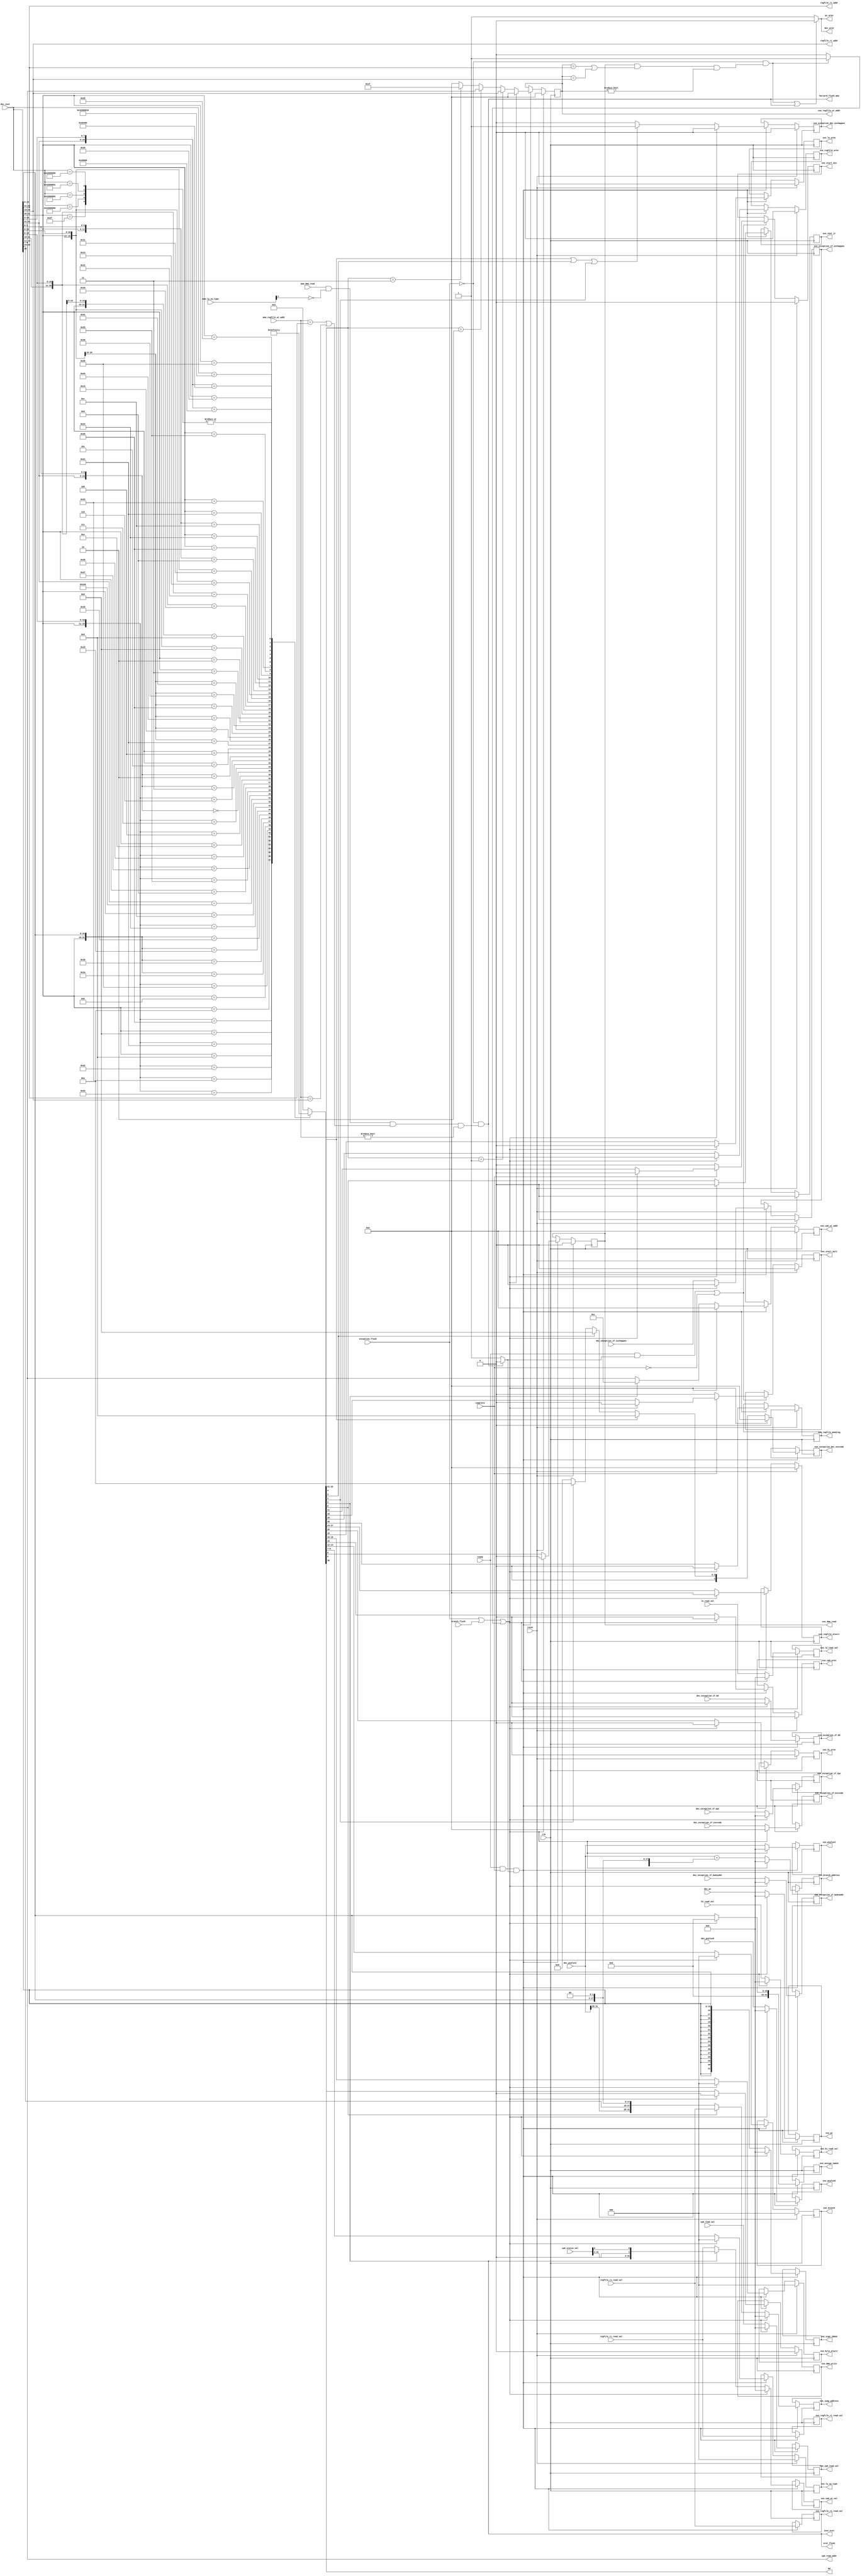
module dec_stage (
    input wire              clk,
    input wire              reset,
    input wire [31:0]       dec_inst,
    input wire [31:0]       dec_pcplus4,
    input wire [31:0]       dec_pcplus8,
    input wire [31:0]       dec_pc,
    input wire              dec_exception_if_exchappen,
    input wire [31:0]       dec_exception_if_epc,
    input wire              dec_exception_if_bd,
    input wire [31:0]       dec_exception_if_badvaddr,
    input wire [4:0]        dec_exception_if_exccode,
    input wire              ready,
    input wire              complete,
    input wire              exception_flush,
    input wire              branch_flush,
    input wire [31:0]       regfile_rs_read_val,
    input wire [31:0]       regfile_rt_read_val,
    input wire [31:0]       hi_read_val,
    input wire [31:0]       lo_read_val,
    input wire [31:0]       cp0_read_val,
    input wire [31:0]       cp0_status_val,
    input wire              mem_dmm_read,
    input wire [4:0]        mem_regfile_wt_addr,
	input wire [2:0]		mem_lw_sw_type,

    output wire             eret_flush,
    output wire             bd,
    output wire             pc_wren,
    output wire             dec_wren,
    output wire             harzard_flush_mem,
    output wire             inst_eret,
    output wire [4:0]       regfile_rs_addr,
    output wire [4:0]       regfile_rt_addr,
    output wire [4:0]       cp0_read_addr,
    output reg [31:0]       exe_pcplus4,
    output reg [31:0]       exe_pcplus8,
    output reg [31:0]       exe_pc,
    output reg              exe_regfile_wren,
    output reg [4:0]        exe_regfile_wt_addr,
    output reg              exe_regfile_mem2reg,
    output reg [31:0]       exe_regfile_rs_read_val,
    output reg [31:0]       exe_regfile_rt_read_val,
    output reg [4:0]        exe_regfile_aluctr,
    output reg              exe_hi_wren,
    output reg [31:0]       exe_hi_read_val,
    output reg              exe_lo_wren,
    output reg [31:0]       exe_lo_read_val,
    output reg [2:0]        exe_hilo_aluctr,
    output reg              exe_cp0_wren,
    output reg [4:0]        exe_cp0_wt_addr,
    output reg [31:0]       exe_cp0_wt_val,
    output reg [31:0]       exe_cp0_read_val,
    output reg [31:0]       exe_sign_imm32,
    output reg [31:0]       exe_unsign_imm32,
    output reg [2:0]        exe_branch,
    output reg              exe_inst_jr,
    output reg [31:0]       exe_branch_address,
    output reg [31:0]       exe_jump_address,
    output reg              exe_start_div,
    output reg              exe_start_mult,
    output reg [2:0]        exe_lw_sw_type,
    output reg              exe_dmm_read,
    output reg              exe_dmm_write,
    output reg              exe_exception_if_exchappen,
    output reg [31:0]       exe_exception_if_epc,
    output reg              exe_exception_if_bd,
    output reg [31:0]       exe_exception_if_badvaddr,
    output reg [4:0]        exe_exception_if_exccode,
    output reg              exe_exception_dec_exchappen,
    output reg [4:0]        exe_exception_dec_exccode
);
    // decoder
    wire                        start_div_tmp;
    wire                        start_mult_tmp;
    wire [4:0]                   regfile_rd_addr;   
    wire                         harzard_flush;
    wire                         regfile_wren;
    wire [4:0]                   regfile_wt_addr;
    wire                         regfile_mem2reg;
    wire [4:0]                   regfile_aluctr;
    wire [1:0]                   regfile_wt_addr_sel;
    wire                         hi_wren;
    wire                         lo_wren;    
    wire [2:0]                   hilo_aluctr;
    wire                         cp0_wren;
    wire [4:0]                   cp0_wt_addr;
    wire [31:0]                  cp0_wt_val;
    wire [31:0]                  unsign_imm32;
    wire                         start_div;
    wire                         start_mult;
    wire [2:0]                   lw_sw_type;
    wire                         dmm_read;
    wire                         dmm_write;
    wire                         inst_break;
    wire                         inst_syscall;
    wire                         inst_reserved;
    wire                         inst_jr;
    wire                         exception_dec_exchappen;
    wire [4:0]                   exception_dec_exccode;
    reg [30:0]                   control_code;
    wire                         flush;
    wire[31:0]                   jump_address;
    wire[31:0]                   branch_address;
    wire [31:0]                  sign_imm32;
    wire [25:0]                  imm26;
    wire [2:0]                   branch;
    assign flush = exception_flush || branch_flush || harzard_flush;

    assign regfile_rs_addr = dec_inst[25:21];
    assign regfile_rt_addr = dec_inst[20:16];
    assign regfile_rd_addr = dec_inst[15:11];
    assign imm26 = dec_inst[25:0];
    assign regfile_wt_addr = regfile_wt_addr_sel == 2'd1 ? regfile_rt_addr :
                              (regfile_wt_addr_sel == 2'd2 ? regfile_rd_addr : (regfile_wt_addr_sel == 2'd3 ? 5'd31 : 0));
    assign cp0_read_addr = regfile_rd_addr;
    assign cp0_wt_addr = inst_eret ? 5'd12 : regfile_rd_addr; //eret or mtc0
    assign cp0_wt_val = inst_eret ? {cp0_status_val[31:2], 1'b0, cp0_status_val[0]} : regfile_rt_read_val;
    assign sign_imm32 = {{16{dec_inst[15]}}, dec_inst[15:0]};
    assign unsign_imm32 = {16'b0, dec_inst[15:0]};
    assign eret_flush = inst_eret;
    assign {bd, regfile_wren, regfile_mem2reg, regfile_aluctr, regfile_wt_addr_sel, hi_wren, lo_wren, hilo_aluctr, cp0_wren, 
      branch, start_div,start_mult, lw_sw_type, dmm_read, dmm_write, inst_break, inst_syscall, inst_eret, inst_reserved, inst_jr} = control_code;
    assign branch_address = dec_pcplus4 + {sign_imm32[29:0] ,2'b0};
    assign jump_address = inst_jr? regfile_rs_read_val: ({dec_pcplus4[31:28], imm26, 2'b00});

    always @(*)
    casex (dec_inst) 
    32'b000000xxxxxxxxxxxxxxx00000100000: //add  
        control_code = 31'b0100000110000000000000000000000;
    32'b001000xxxxxxxxxxxxxxxxxxxxxxxxxx: //addi
        control_code = 31'b0100001001000000000000000000000;
    32'b000000xxxxxxxxxxxxxxx00000100001: //addu
        control_code = 31'b0100001110000000000000000000000;
    32'b001001xxxxxxxxxxxxxxxxxxxxxxxxxx: //addiu
        control_code = 31'b0100010001000000000000000000000;
    32'b000000xxxxxxxxxxxxxxx00000100010: //sub
        control_code = 31'b0100010110000000000000000000000;
    32'b000000xxxxxxxxxxxxxxx00000100011: //subu
        control_code = 31'b0100011010000000000000000000000;
    32'b000000xxxxxxxxxxxxxxx00000101010: //slt
        control_code = 31'b0100011110000000000000000000000;
    32'b001010xxxxxxxxxxxxxxxxxxxxxxxxxx: //slti
        control_code = 31'b0100100001000000000000000000000;
    32'b000000xxxxxxxxxxxxxxx00000101011: //sltu
        control_code = 31'b0100100110000000000000000000000;
    32'b001011xxxxxxxxxxxxxxxxxxxxxxxxxx: //sltiu
        control_code = 31'b0100101001000000000000000000000;
    32'b000000xxxxxxxxxx0000000000011010: //div
        control_code = 31'b0000000000110010000100000000000;
    32'b000000xxxxxxxxxx0000000000011011: //divu
        control_code = 31'b0000000000110100000100000000000;
    32'b000000xxxxxxxxxx0000000000011000: //mult
        control_code = 31'b0000000000110110000010000000000;
    32'b000000xxxxxxxxxx0000000000011001: //multu
        control_code = 31'b0000000000111000000010000000000;
    32'b000000xxxxxxxxxxxxxxx00000100100: //and
        control_code = 31'b0100101110000000000000000000000;
    32'b001100xxxxxxxxxxxxxxxxxxxxxxxxxx: //andi
        control_code = 31'b0100110001000000000000000000000;
    32'b00111100000xxxxxxxxxxxxxxxxxxxxx: //lui
        control_code = 31'b0100110101000000000000000000000;
    32'b000000xxxxxxxxxxxxxxx00000100111: //nor
        control_code = 31'b0100111010000000000000000000000;
    32'b000000xxxxxxxxxxxxxxx00000100101: //or
        control_code = 31'b0100111110000000000000000000000;
    32'b001101xxxxxxxxxxxxxxxxxxxxxxxxxx: //ori
        control_code = 31'b0101000001000000000000000000000;
    32'b000000xxxxxxxxxxxxxxx00000100110: //xor
        control_code = 31'b0101000110000000000000000000000;
    32'b001110xxxxxxxxxxxxxxxxxxxxxxxxxx: //xori
        control_code = 31'b0101001001000000000000000000000;
    32'b000000xxxxxxxxxxxxxxx00000000100: //sllv
        control_code = 31'b0101010010000000000000000000000;
    32'b00000000000xxxxxxxxxxxxxxx000000: //sll
        control_code = 31'b0101001110000000000000000000000;
    32'b000000xxxxxxxxxxxxxxx00000000111: //srav
        control_code = 31'b0101011010000000000000000000000;
    32'b00000000000xxxxxxxxxxxxxxx000011: //sra
        control_code = 31'b0101010110000000000000000000000;
    32'b000000xxxxxxxxxxxxxxx00000000110: //srlv
        control_code = 31'b0101100010000000000000000000000;
    32'b00000000000xxxxxxxxxxxxxxx000010: //srl
        control_code = 31'b0101011110000000000000000000000;
    32'b000100xxxxxxxxxxxxxxxxxxxxxxxxxx: //beq
        control_code = 31'b1000000000000000001000000000000;
    32'b000101xxxxxxxxxxxxxxxxxxxxxxxxxx: //bne
        control_code = 31'b1000000000000000010000000000000;
    32'b000001xxxxx00001xxxxxxxxxxxxxxxx: //bgez
        control_code = 31'b1000000000000000011000000000000;
    32'b000111xxxxx00000xxxxxxxxxxxxxxxx: //bgtz
        control_code = 31'b1000000000000000100000000000000;
    32'b000110xxxxx00000xxxxxxxxxxxxxxxx: //blez
        control_code = 31'b1000000000000000101000000000000;
    32'b000001xxxxx00000xxxxxxxxxxxxxxxx: //bltz
        control_code = 31'b1000000000000000110000000000000;
    32'b000001xxxxx10001xxxxxxxxxxxxxxxx: //bgezal
        control_code = 31'b1101100111000000011000000000000;
    32'b000001xxxxx10000xxxxxxxxxxxxxxxx: //bltzal
        control_code = 31'b1101100111000000110000000000000;
    32'b000010xxxxxxxxxxxxxxxxxxxxxxxxxx: //j
        control_code = 31'b1000000000000000111000000000000;
    32'b000011xxxxxxxxxxxxxxxxxxxxxxxxxx: //jal
        control_code = 31'b1101100111000000111000000000000;
    32'b000000xxxxx000000000000000001000: //jr
        control_code = 31'b1000000000000000111000000000001;
    32'b000000xxxxx00000xxxxx00000001001: //jalr
        control_code = 31'b1101100111000000111000000000001;
    32'b0000000000000000xxxxx00000010000: //mfhi
        control_code = 31'b0101101010000000000000000000000;
    32'b0000000000000000xxxxx00000010010: //mflo
        control_code = 31'b0101101110000000000000000000000;
    32'b000000xxxxx000000000000000010001: //mthi
        control_code = 31'b0000000000101010000000000000000;
    32'b000000xxxxx000000000000000010011: //mtlo
        control_code = 31'b0000000000011100000000000000000;
    32'b000000xxxxxxxxxxxxxxxxxxxx001101: //break
        control_code = 31'b0000000000000000000000000010000;
    32'b000000xxxxxxxxxxxxxxxxxxxx001100: //syscall
        control_code = 31'b0000000000000000000000000001000;
    32'b100000xxxxxxxxxxxxxxxxxxxxxxxxxx: //lb
        control_code = 31'b0110000001000000000000001000000;
    32'b100100xxxxxxxxxxxxxxxxxxxxxxxxxx: //lbu
        control_code = 31'b0110000001000000000000011000000;
    32'b100001xxxxxxxxxxxxxxxxxxxxxxxxxx: //lh
        control_code = 31'b0110000001000000000000101000000;
    32'b100101xxxxxxxxxxxxxxxxxxxxxxxxxx: //lhu
        control_code = 31'b0110000001000000000000111000000;
    32'b100011xxxxxxxxxxxxxxxxxxxxxxxxxx: //lw
        control_code = 31'b0110000001000000000001001000000;
    32'b101000xxxxxxxxxxxxxxxxxxxxxxxxxx: //sb
        control_code = 31'b0000000000000000000001010100000;
    32'b101001xxxxxxxxxxxxxxxxxxxxxxxxxx: //sh
        control_code = 31'b0000000000000000000001100100000;
    32'b101011xxxxxxxxxxxxxxxxxxxxxxxxxx: //sw
        control_code = 31'b0000000000000000000001110100000;
    32'b01000010000000000000000000011000: //eret
        control_code = 31'b0000000000000001000000000000100;
    32'b01000000000xxxxxxxxxx00000000xxx: //mfc0
        control_code = 31'b0101110001000000000000000000000;
    32'b01000000100xxxxxxxxxx00000000xxx: //mtc0
        control_code = 31'b0000000000000001000000000000000;
    32'b01000010000000000000000000001000, //tlbp
    32'b01000010000000000000000000000001, //tlbr
    32'b01000010000000000000000000000010, //tlbwi
    32'b01000010000000000000000000000110, //tlbwr
    32'b101111xxxxxxxxxxxxxxxxxxxxxxxxxx: //cache
        control_code = 31'b00000000000000000000000000000000;  
    default:                              //reserved inst
        control_code = 31'b0000000000000000000000000000010;
endcase

    // hardzard detect
    wire harzard_detected_exe;
    wire harzard_detected_mem;
    wire exe_wren;
    assign harzard_detected_exe = !exception_flush && 
             (exe_dmm_read && (exe_regfile_wt_addr == regfile_rs_addr || exe_regfile_wt_addr == regfile_rt_addr) && exe_regfile_wt_addr != 0);
    assign harzard_detected_mem = !exception_flush &&
            (mem_dmm_read && mem_lw_sw_type[2]==1'b0 && (mem_regfile_wt_addr == regfile_rs_addr || mem_regfile_wt_addr == regfile_rt_addr) && mem_regfile_wt_addr != 0);

    assign pc_wren = (harzard_detected_exe || harzard_detected_mem) ? 0 : 1;
    assign dec_wren = ( harzard_detected_exe || harzard_detected_mem) ? 0 : 1;
    assign exe_wren = harzard_detected_mem ? 0 : 1;
    assign harzard_flush =  harzard_detected_exe ? 1 :0;
    assign harzard_flush_mem = harzard_detected_mem;


    
    assign  start_div_tmp = flush?  0 : start_div;
    assign  start_mult_tmp = flush?  0 : start_mult;

 
    always @(posedge clk)
    if (reset)
    begin
        exe_regfile_wren <= 0;
        exe_regfile_wt_addr <= 0;
        exe_regfile_mem2reg <= 0;
        exe_regfile_aluctr <= 0;
        exe_hi_wren <= 0;
        exe_lo_wren <= 0;
        exe_hilo_aluctr <= 0;
        exe_cp0_wren <= 0;
        exe_cp0_wt_addr <= 0;
        exe_branch <= 0;
        exe_inst_jr <= 0;
        exe_lw_sw_type <= 0;
        exe_dmm_read <= 0;
        exe_dmm_write <= 0;
        exe_exception_if_exchappen <= 0;
        exe_exception_dec_exchappen <= 0;
    end
    else if(ready && complete && exe_wren)
    begin
        exe_regfile_wren <= flush?  0 : regfile_wren;
        exe_regfile_wt_addr <= flush?  0 : regfile_wt_addr;
        exe_regfile_mem2reg <= flush?  0 : regfile_mem2reg;
        exe_regfile_aluctr <= flush?  0 : regfile_aluctr;
        exe_hi_wren <= flush?  0 : hi_wren;
        exe_lo_wren <= flush?  0 : lo_wren;
        exe_hilo_aluctr <= flush?  0 : hilo_aluctr;
        exe_cp0_wren <= flush?  0 : cp0_wren;
        exe_cp0_wt_addr <= flush?  0 : cp0_wt_addr;
        exe_branch <= flush?  0 : branch;
        exe_inst_jr <= flush?  0 : inst_jr;
        exe_lw_sw_type <= flush?  0 : lw_sw_type;
        exe_dmm_read <= flush?  0 :  dmm_read;
        exe_dmm_write <= flush?  0 :  dmm_write;
        exe_exception_if_exchappen <= flush?  0 : dec_exception_if_exchappen;
        exe_exception_dec_exchappen <= flush?  0 :  exception_dec_exchappen;
    end

    always @(posedge clk)
    if (ready && complete && exe_wren)
    begin
        exe_branch_address <=flush?  0 : branch_address;
        exe_jump_address <= flush?  0 :jump_address;
        exe_pcplus4 <=  flush?  0 : dec_pcplus4;
        exe_pcplus8 <=  flush?  0 :dec_pcplus8;
        exe_pc <= flush?  0 :dec_pc;
        exe_regfile_rs_read_val <= regfile_rs_read_val;
        exe_regfile_rt_read_val <=  regfile_rt_read_val;
        exe_hi_read_val <= flush?  0 : hi_read_val;
        exe_lo_read_val <= flush?  0 :  lo_read_val;
        exe_cp0_wt_val <= flush?  0 :  cp0_wt_val;
        exe_cp0_read_val <= flush?  0 :  cp0_read_val;
        exe_sign_imm32 <= flush?  0 : sign_imm32;
        exe_unsign_imm32 <= flush?  0 : unsign_imm32;
        exe_exception_if_epc <= flush?  0 : dec_exception_if_epc;
        exe_exception_if_bd <= flush?  0 : dec_exception_if_bd;
        exe_exception_if_badvaddr <= flush?  0 : dec_exception_if_badvaddr;
        exe_exception_if_exccode <= flush?  0 :  dec_exception_if_exccode;
        exe_exception_dec_exccode <= flush?  0 :exception_dec_exccode;
    end


    always @(posedge clk)
    if(reset)
        begin
        exe_start_div <= 0;
        exe_start_mult<= 0;
        end
    else if((ready && exe_wren) || !complete)
        begin
        exe_start_div<= ( complete == 1) ? start_div_tmp : 0;
        exe_start_mult<= (complete == 1 ) ? start_mult_tmp :0;
        end

    assign exception_dec_exchappen = (inst_break || inst_syscall || inst_reserved) ?  1 : 0;
    assign exception_dec_exccode =  inst_break ? 5'd9 : (inst_syscall ? 5'd8 : (inst_reserved ? 5'd10 : 0));  

endmodule